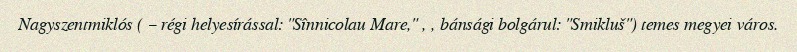
Nagyszentmiklós ( – régi helyesírással: "Sînnicolau Mare," , , bánsági bolgárul: "Smikluš") temes megyei város.